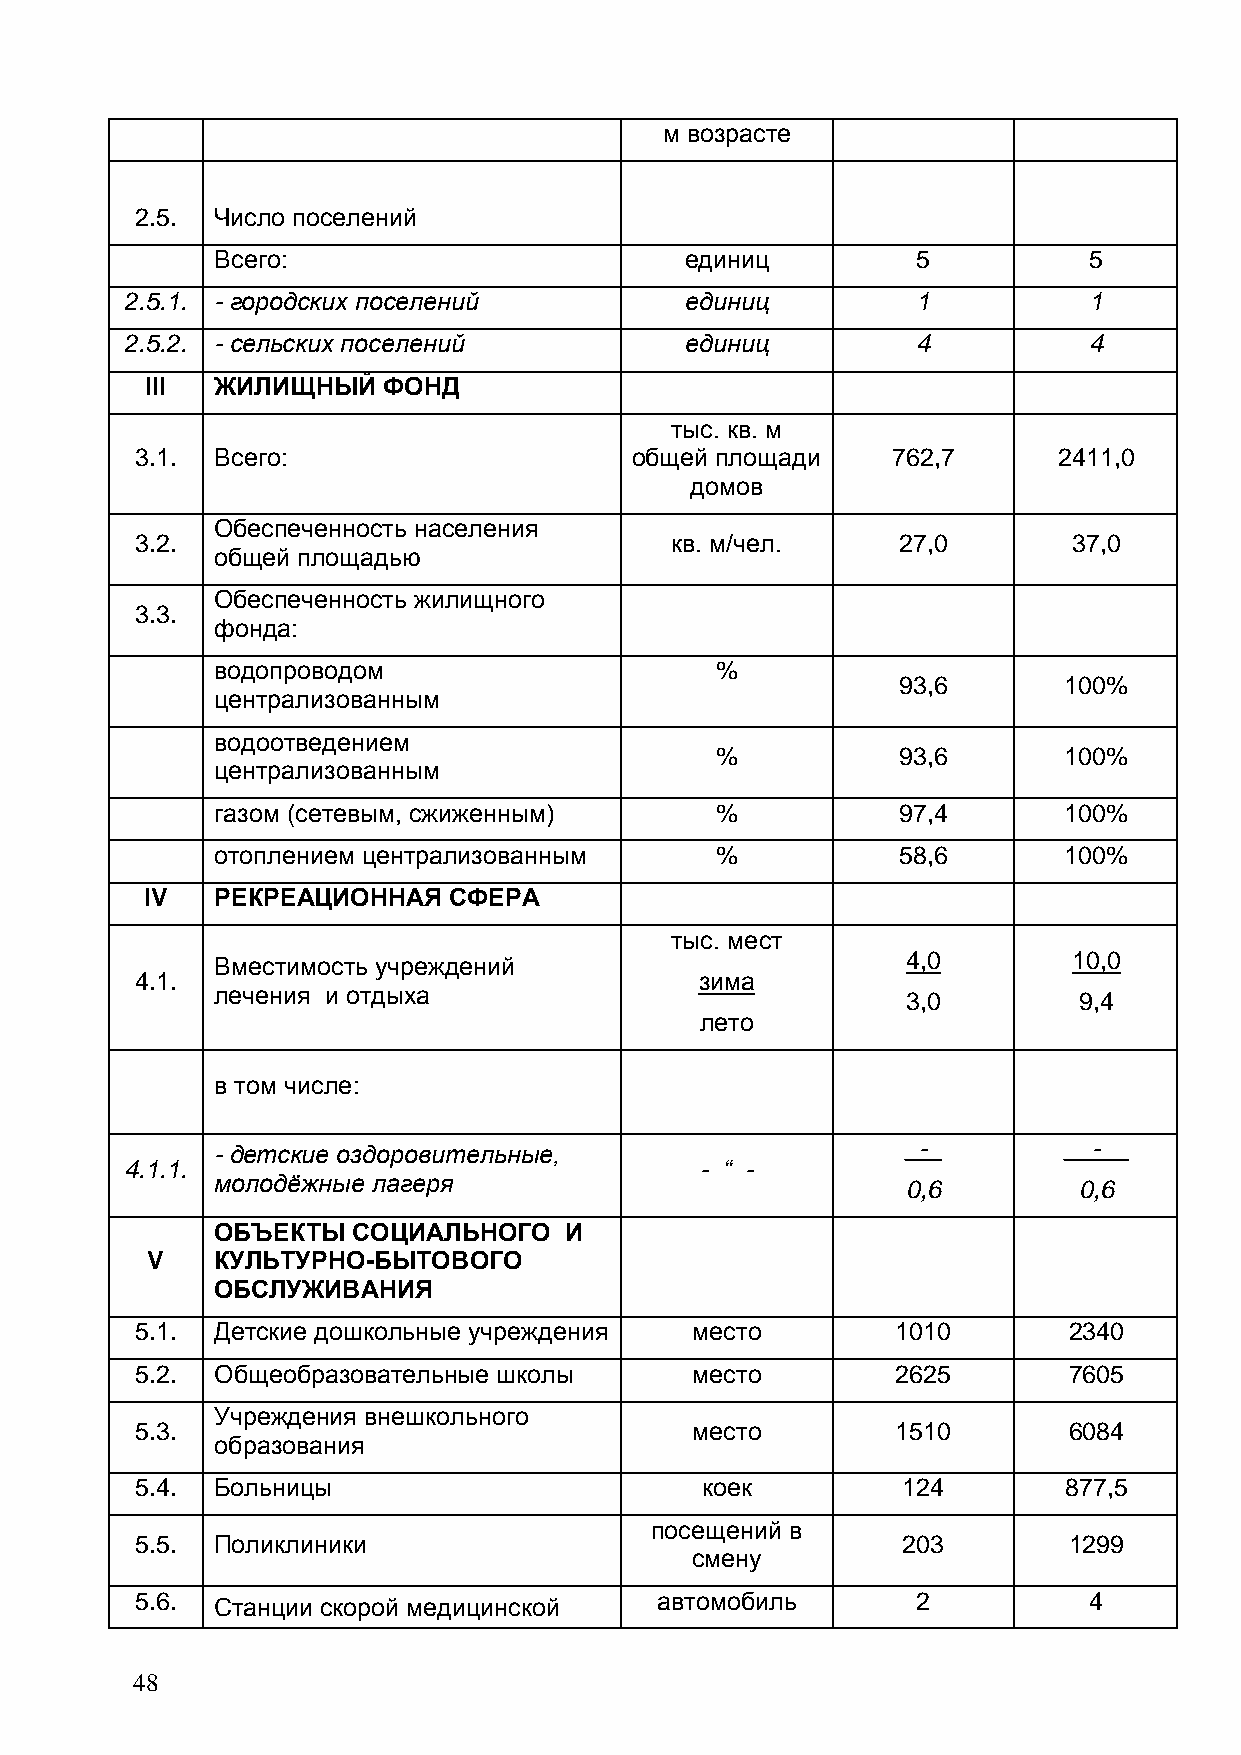
м возрасте
 2.5. Число поселений
 Всего:                         единиц          5          5
 2.5.1. - городских поселений         единиц          1          1
 2.5.2. - сельских поселений          единиц          4          4
 III ЖИЛИЩНЫЙ   ФОНД
 тыс. кв. м
 3.1. Всего:                      общей площади    762,7      2411,0
 домов
 Обеспеченность населения
 3.2.                               кв. м/чел.     27,0        37,0
 общей площадью
 Обеспеченность жилищного
 3.3.
 фонда:
 водопроводом                     %
 93,6       100%
 централизованным
 водоотведением
 %           93,6       100%
 централизованным
 газом (сетевым, сжиженным)       %           97,4       100%
 отоплением централизованным      %           58,6       100%
 IV  РЕКРЕАЦИОННАЯ   СФЕРА
 тыс. мест
 4,0        10,0
 Вместимость учреждений
 4.1.                                 зима
 лечения и отдыха                              3,0        9,4
 лето
 в том числе:
 - детские оздоровительные,                    _-_       __-__
 4.1.1.                                - “ -
 молодѐжные лагеря                             0,6        0,6
 ОБЪЕКТЫ  СОЦИАЛЬНОГО   И
 V   КУЛЬТУРНО-БЫТОВОГО
 ОБСЛУЖИВАНИЯ
 5.1. Детские дошкольные учреждения   место        1010        2340
 5.2. Общеобразовательные школы       место        2625        7605
 Учреждения внешкольного
 5.3.                                 место        1510        6084
 образования
 5.4. Больницы                        коек          124       877,5
 посещений в
 5.5. Поликлиники                                   203        1299
 смену
 5.6. Станции скорой медицинской   автомобиль        2          4
 48